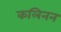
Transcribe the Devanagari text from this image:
कलिनन